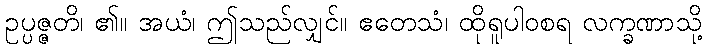
ဥပ္ပဇ္ဇတိ၊ ၏။ အယံ၊ ဤသည်လျှင်။ ဧတေသံ၊ ထိုရူပါဝစရ လက္ခဏာသို့